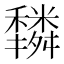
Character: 𥣿